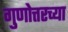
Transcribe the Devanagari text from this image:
गुणोत्तरच्या